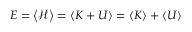
E = \left< \mathcal { H } \right> = \left< K + U \right> = \left< K \right> + \left< U \right>